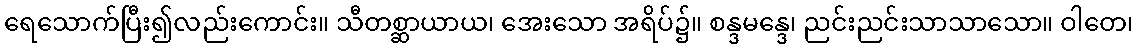
ရေသောက်ပြီး၍လည်းကောင်း။ သီတစ္ဆာယာယ၊ အေးသော အရိပ်၌။ စန္ဒမန္ဒေ၊ ညင်းညင်းသာသာသော။ ဝါတေ၊